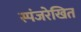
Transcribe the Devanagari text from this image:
स्पंजरेखित